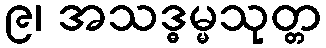
၉၊ အသဒ္ဓမ္မသုတ္တ